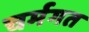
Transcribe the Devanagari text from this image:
चर्मगत